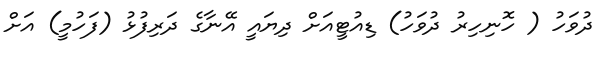
ދުވަހު ( ހޮނިހިރު ދުވަހު) ޑިއުޓީއަށް ދިޔައީ އޭނާގެ ދަރިފުޅު (ފަހުމީ) އަށް